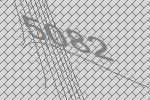
5082